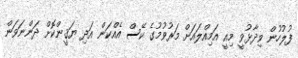
ފުލުހުން ވިދާޅުވީ މިއީ އަމިއްލައަށް މަރުވުމުގެ ކޭސް އެއްކަން އަދި ޔަޤީންކޮށް ދަންނަވަން